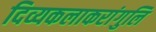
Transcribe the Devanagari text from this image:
दिव्यकलाकरांगुलि